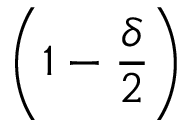
\left( 1 - \frac { \delta } { 2 } \right)